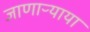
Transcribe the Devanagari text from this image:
जाणाऱ्याया